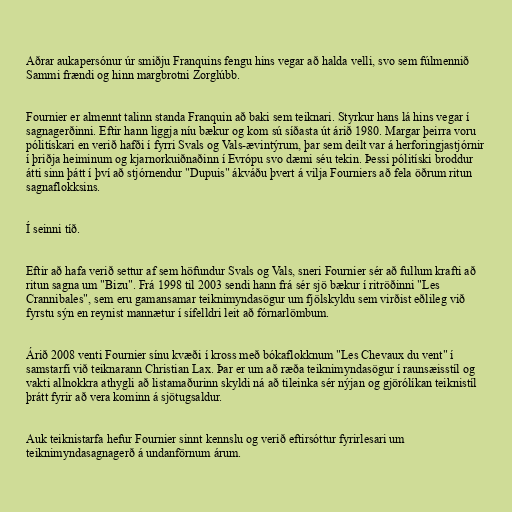
Aðrar aukapersónur úr smiðju Franquins fengu hins vegar að halda velli, svo sem fúlmennið
Sammi frændi og hinn margbrotni Zorglúbb.

Fournier er almennt talinn standa Franquin að baki sem teiknari. Styrkur hans lá hins vegar í
sagnagerðinni. Eftir hann liggja níu bækur og kom sú síðasta út árið 1980. Margar þeirra voru
pólitískari en verið hafði í fyrri Svals og Vals-ævintýrum, þar sem deilt var á herforingjastjórnir
í þriðja heiminum og kjarnorkuiðnaðinn í Evrópu svo dæmi séu tekin. Þessi pólitíski broddur
átti sinn þátt í því að stjórnendur "Dupuis" ákváðu þvert á vilja Fourniers að fela öðrum ritun
sagnaflokksins.

Í seinni tíð.

Eftir að hafa verið settur af sem höfundur Svals og Vals, sneri Fournier sér að fullum krafti að
ritun sagna um "Bizu". Frá 1998 til 2003 sendi hann frá sér sjö bækur í ritröðinni "Les
Crannibales", sem eru gamansamar teiknimyndasögur um fjölskyldu sem virðist eðlileg við
fyrstu sýn en reynist mannætur í sífelldri leit að fórnarlömbum.

Árið 2008 venti Fournier sínu kvæði í kross með bókaflokknum "Les Chevaux du vent" í
samstarfi við teiknarann Christian Lax. Þar er um að ræða teiknimyndasögur í raunsæisstíl og
vakti allnokkra athygli að listamaðurinn skyldi ná að tileinka sér nýjan og gjörólíkan teiknistíl
þrátt fyrir að vera kominn á sjötugsaldur.

Auk teiknistarfa hefur Fournier sinnt kennslu og verið eftirsóttur fyrirlesari um
teiknimyndasagnagerð á undanförnum árum.